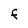
Character: F